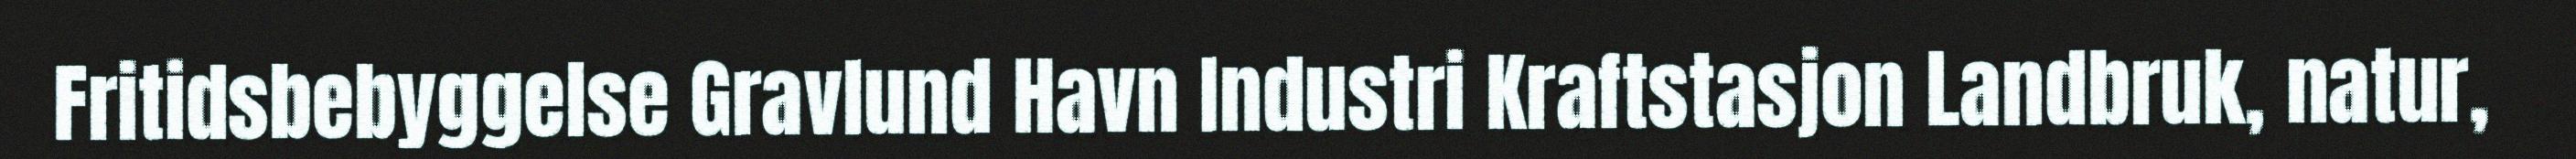
Fritidsbebyggelse Gravlund Havn Industri Kraftstasjon Landbruk, natur,